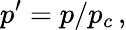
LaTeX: p^{\prime}=p/p_{c}\, ,